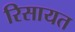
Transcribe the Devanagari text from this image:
रिसायत